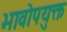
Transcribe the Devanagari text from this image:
भावोपयुक्त